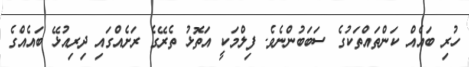
ހުރި ބައެއް ކަންތައްތަކުގެ ސަބަބުންނެވެ. ފިލްމަކީ އަތޮޅު ތެރޭގެ ރަށެއްގައި ދިރިއުޅޭ ބައެއްގެ